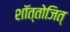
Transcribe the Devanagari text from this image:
शॉत्तोजित्